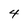
Character: 4